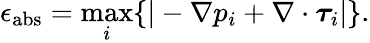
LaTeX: \epsilon_{\mathrm{abs}}=\operatorname*{max}_{i}\{ |-\nabla p_{i}+\nabla\cdot\boldsymbol{\tau}_{i}|\} .